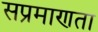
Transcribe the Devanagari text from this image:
सप्रमाणता